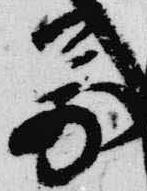
万